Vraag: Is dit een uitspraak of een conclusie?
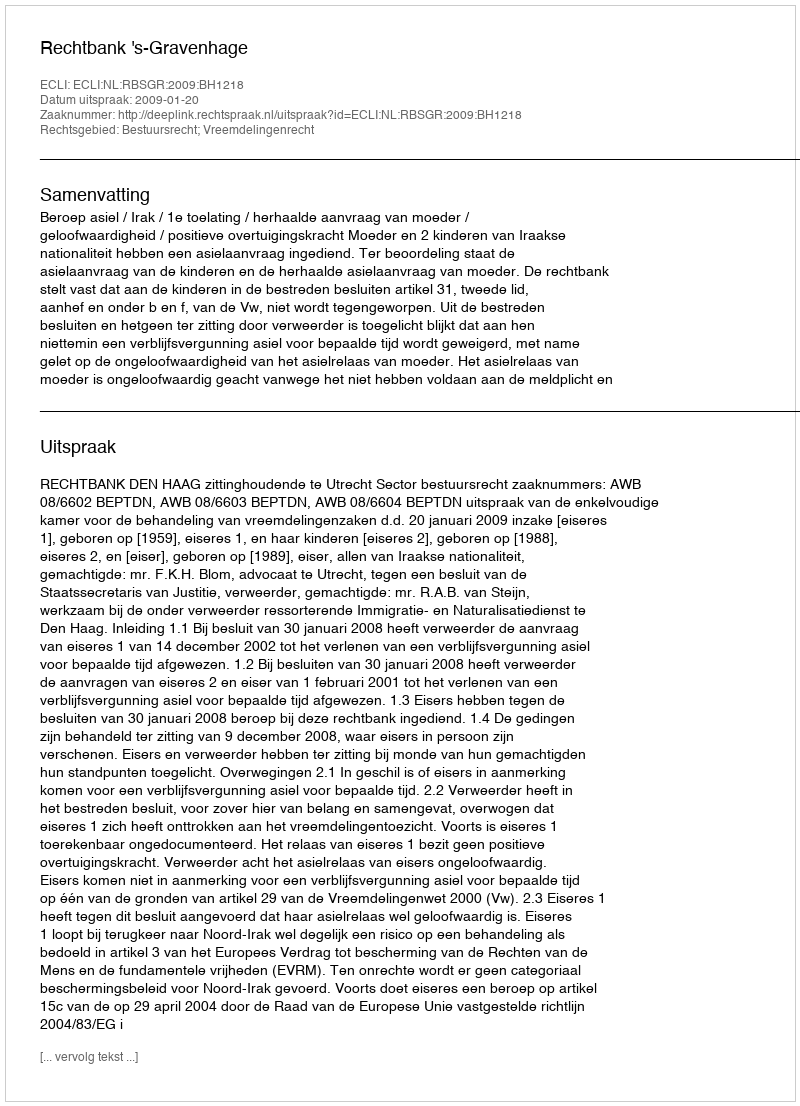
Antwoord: Uitspraak